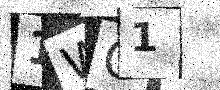
Text: 1WG1